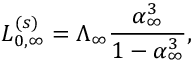
L _ { 0 , \infty } ^ { ( s ) } = \Lambda _ { \infty } \frac { \alpha _ { \infty } ^ { 3 } } { 1 - \alpha _ { \infty } ^ { 3 } } ,